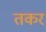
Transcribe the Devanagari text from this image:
तकर